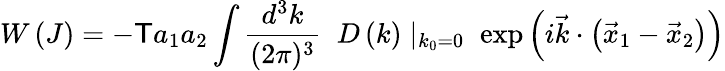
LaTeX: W\left(J\right)=-\mathsf{T}a_{1}a_{2}\int{\frac{{d^{3}k}}{{(2\pi)^{3}}}}\; \; D\left(k\right)\mid_{k_{0}=0}\; \exp\left(i{\vec{{k}}}\cdot\left({\vec{{x}}}_{1}-{\vec{{x}}}_{2}\right)\right)